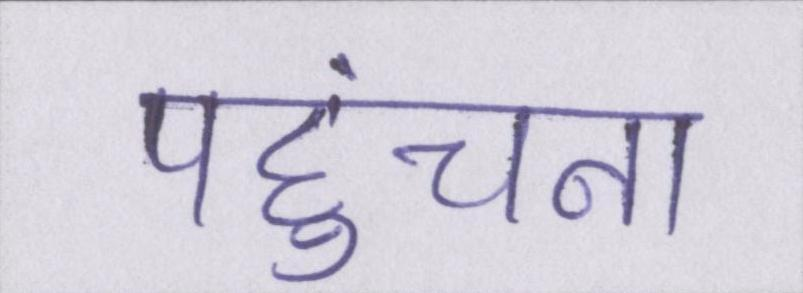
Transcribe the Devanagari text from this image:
पहुंचना